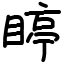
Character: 䁎